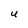
Character: U